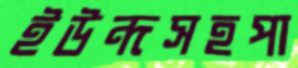
ইউন্দসহপা